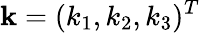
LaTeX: {\mathbf k}=(k_{1},k_{2},k_{3})^{T}